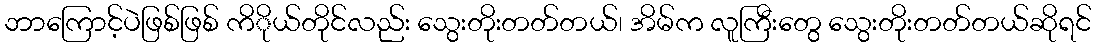
ဘာကြောင့်ပဲဖြစ်ဖြစ် ကိိုယ်တိုင်လည်း သွေးတိုးတတ်တယ်၊ အိမ်က လူကြီးတွေ သွေးတိုးတတ်တယ်ဆိုရင်